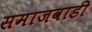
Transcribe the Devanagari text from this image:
समाजवाडी